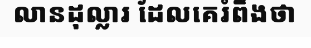
លានដុល្លារ ដែលគេរំពឹងថា